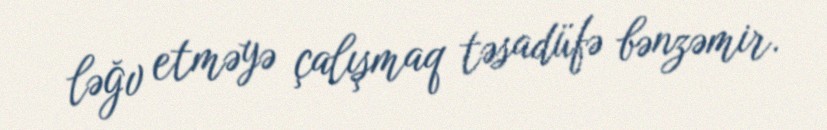
ləğv etməyə çalışmaq təsadüfə bənzəmir.